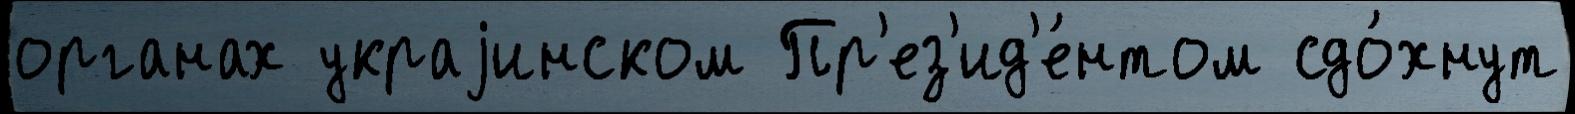
органах украjинском Пр'ез'ид'е́нтом сдо́хнут